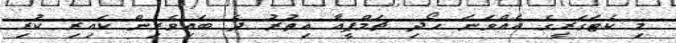
މި ކެޓަގަރީގެ އެއްވަނަ ހޯދި ޗަމްޕީއާ އިތުރު ދެ ބައިވެރިން ކައިރި ކުރި